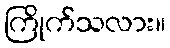
ကြိုက်သလား။